Report of the Indian Hemp Drugs Commission, 1894-1895 - Volume V
Year: 1894
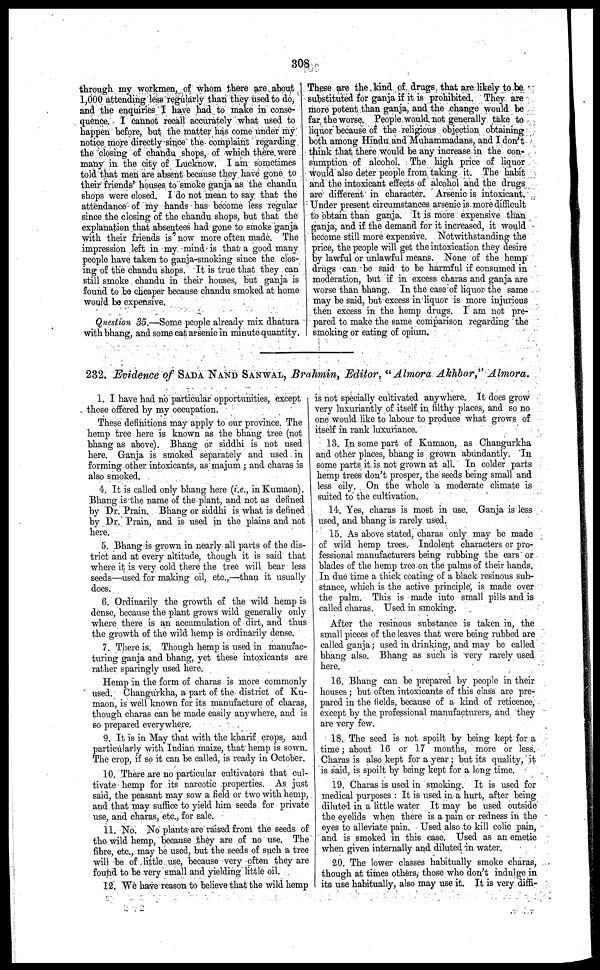
308
through my workmen, of whom there are about
1,000 attending less regularly than they used to do,
and the enquiries I have had to make in conse-
quence. I cannot recall accurately what used to
happen before, but the matter has come under my
notice more directly since the complaint regarding
the closing of chandu shops, of which there were
many in the city of Lucknow. I am sometimes
told that men are absent because they have gone to
their friends' houses to smoke ganja as the chandu
shops were closed. I do not mean to say that the
attendance of my hands has become less regular
since the closing of the chandu shops, but that the
explanation that absentees had gone to smoke ganja
with their friends is now more often made. The
impression left in my mind is that a good many
people have taken to ganja-smoking since the clos-
ing of the chandu shops. It is true that they can
still smoke chandu in their houses, but ganja is
found to be cheaper because chandu smoked at home
would be expensive.
Question 35.—Some people already mix dhatura
with bhang, and some cat arsenic in minute quantity.
These are the kind of drugs that arc likely to be
substituted for ganja if it is prohibited. They are
more potent than ganja, and the change would be
far the worse. People would not generally take to
liquor because of the religious objection obtaining
both among Hindu and Muhammadans, and I don't
think that there would be any increase in the con-
sumption of alcohol. The high price of liquor
would also deter people from taking it. The habit
and the intoxicant effects of alcohol and the drugs
are different in character. Arsenic is intoxicant.
Under present circumstances arsenic is more difficult
to obtain than ganja. It is more expensive than
ganja, and if the demand for it increased, it would
become still more expensive. Notwithstanding the
price, the people will get the intoxication they desire
by lawful or unlawful means. None of the hemp
drugs can he said to be harmful if consumed in
moderation, but if in excess charas and ganja are
worse than bhang. In the case of liquor the same
may be said, but excess in liquor is more injurious
then excess in the hemp drugs. I am not pre-
pared to make the same comparison regarding the
smoking or eating of opium.
232. Evidence of SADA NAND SANWAL, Brahmin, Editor, "Almora Akhbar," Almora.
1. I have had no particular opportunities, except
those offered by my occupation.
These definitions may apply to our province. The
hemp tree here is known as the bhang tree (not
bhang as above). Bhang or siddhi is not used
here. Ganja is smoked separately and used in
forming other intoxicants, as majum; and charas is
also smoked.
4. It is called only bhang here (i.e., in Kumaon).
Bhang is the name of the plant, and not as defined
by Dr. Prain. Bhang or siddhi is what is defined
by Dr. Prain, and is used in the plains and not
here.
5. Bhang is grown in nearly all parts of the dis-
trict and at every altitude, though it is said that
where it is very cold there the tree will hear less
seeds—used for making oil, etc.,—than it usually
docs.
G. Ordinarily the growth of the wild hemp is
dense, because the plant grows wild generally only
where there is an accumulation of dirt, and thus
the growth of the wild hemp is ordinarily dense.
7. There is. Though hemp is used in manufac-
turing ganja and bhang, yet these intoxicants are
rat her sparingly used here.
Hemp in the form of charas is more commonly
used. Changurkha, a part of the district of Ku-
maon, is well known for its manufacture of charas,
though charas can be made easily anywhere, and is
so prepared everywhere.
9. It is in May that with the kharif crops, and
particularly with Indian maize, that hemp is sown.
The crop, if so it can be called, is ready in October.
10. There arc no particular cultivators that cul-
tivate hemp for its narcotic properties. As just
said, the peasant may sow a field or two with hemp,
and that may suffice to yield him seeds for private
use, and charas, etc., for sale.
11. No. No plants are raised from the seeds of
the wild hemp, because they are of no use. The
fibre, etc., may be used, but the seeds of such a tree
will be of little use, because very often they arc
found to be very small and yielding little oil.
12. We have reason to believe that the wild hemp
is not specially cultivated anywhere. It docs grow
very luxuriantly of itself in filthy places, and so no
one would like to labour to produce what grows of
itself in rank luxuriance.
13. In some part of Kumaon, as Changurkha
and other places, bhang is grown abundantly. In
some parts it is not grown at all. In colder parts
hemp trees don't prosper, the seeds being small and
less oily. On the whole a moderate climate is
suited to the cultivation.
14. Yes, charas is most in use. Ganja is less
used, and bhang is rarely used.
15. As above stated, charas only may be made
of wild hemp trees. Indolent characters or pro-
fessional manufacturers being rubbing the ears or
blades of the hemp tree on the palms of their hands.
In due time a chick coating of a black resinous sub-
stance, which is the active principle, is made over
the palm. This is made into small pills and is
called charas. Used in smoking.
After the resinous substance is taken in, the
small pieces of the leaves that were being rubbed are
called ganja; used in drinking, and may be called
bhang also. Bhang as such is very rarcly used
here.
16. Bhang can be prepared by people in their
houses; but often intoxicants of this class arc pre-
pared in the fields, because of a kind of reticence,
except by the professional manufacturers, and they
are very few.
18. The seed is not spoilt by being kept for a
time; about 16 or 17 months, more or less.
Charas is also kept for a year; but its quality, it
is said, is spoilt by being kept for a long time.
19. Charas is used in smoking. It is used for
medical purposes: It is used in a hurt, after being
diluted in a little water It may be used outside
the eyelids when there is a pain or redness in the
eyes to alleviate pain. Used also to kill colic pain,
and is smoked in this case. Used as an emetic
when given internally and diluted in water.
20. The lower classes habitually smoke charas,
though at times others, those who don't indulge in
its use habitually, also may use it. It is very diffi-